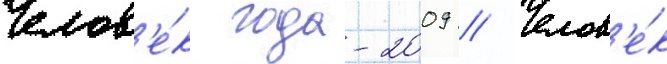
Челов'е́к года-2009 // Челов'е́к